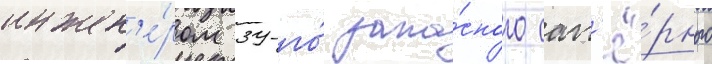
инжен'е́ром 39-го́ запа́сного сап'ё́рного